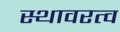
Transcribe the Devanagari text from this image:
स्थावरत्व